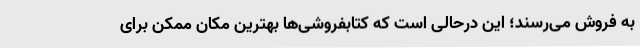
به فروش می‌رسند؛ این درحالی است که کتابفروشی‌ها بهترین مکان ممکن برای